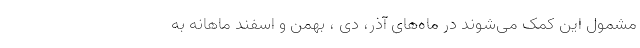
مشمول این کمک می‌شوند در ماه‌های آذر، دی ، بهمن و اسفند ماهانه به